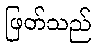
ဖြတ်သည်